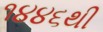
૧૪૪૬થી